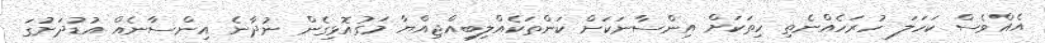
އެއްވެސް ކަހަލަ ހުރަހެއްނެތި ހިތަކަށް އިންސާނަކަށް ކަންތަކެއްލިބިއްޖިއްޔާ މަގުއޮޅިގެން ނުދާނެ އިންސާނެއް އުޑުދަށުގަ